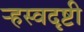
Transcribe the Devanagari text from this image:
ऱ्हस्वदृष्टी